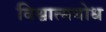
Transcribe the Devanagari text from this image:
विश्वात्मबोध